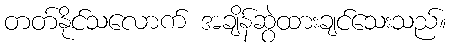
တတ်နိုင်သလောက် အချိန်ဆွဲထားချင်သေးသည်။